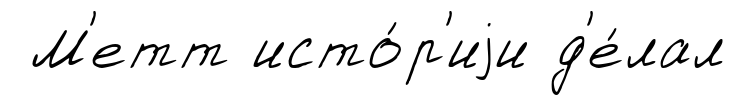
М'етт исто́р'иjи д'е́лал